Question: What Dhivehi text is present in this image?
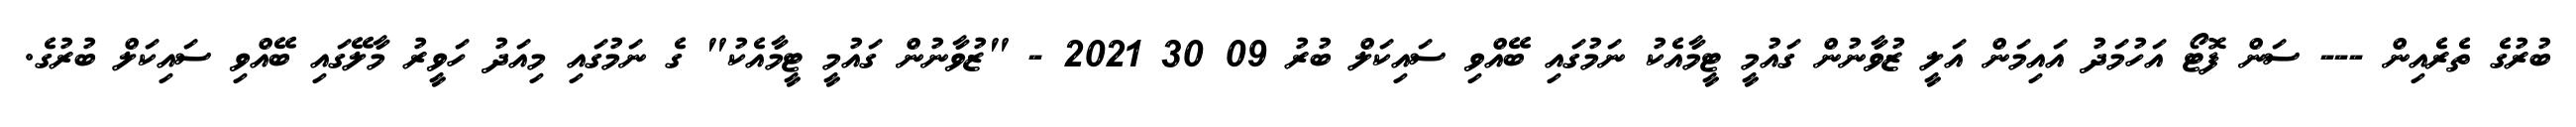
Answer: ބުރުގެ ތެރެއިން --- ސަން ފޮޓޯ އަހުމަދު އައިމަން އަލީ ޒުވާނުން ގައުމީ ޓީމާއެކު ނަމުގައި ބޭއްވި ސައިކަލް ބުރު 09 30 2021 - "ޒުވާނުން ގައުމީ ޓީމާއެކު" ގެ ނަމުގައި މިއަދު ހަވީރު މާލޭގައި ބޭއްވި ސައިކަލް ބުރުގެ.